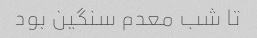
تا شب معدم سنگین بود